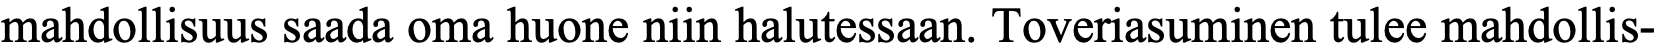
mahdollisuus saada oma huone niin halutessaan. Toveriasuminen tulee mahdollis-